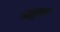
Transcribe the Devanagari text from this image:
फ्लूलर